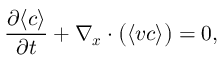
\frac { \partial \langle c \rangle } { \partial t } + \nabla _ { \boldsymbol { x } } \cdot \big ( \langle \boldsymbol { v } c \rangle \big ) = 0 ,